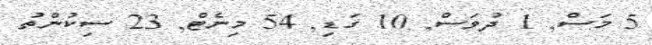
5 މަސް